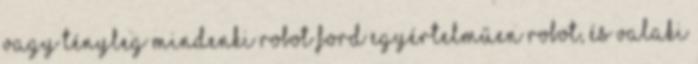
Vagy tényleg mindenki robot Ford egyértelműen robot, és valaki